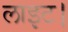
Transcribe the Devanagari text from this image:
लाइट।